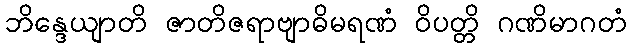
ဘိန္ဒေယျာတိ ဇာတိဇရာဗျာဓိမရဏံ ဝိပတ္တိ ဂဏိမာဂတံ